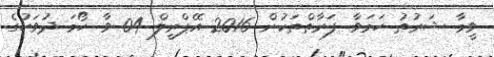
ވީމާ ޝަރުޠު ހަމަވާ ފަރާތްތަކުން 2016 އޭޕްރީލް 04 ވާ ހޯމަ ދުވަހުގެ